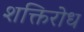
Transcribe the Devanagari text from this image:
शक्तिरोध